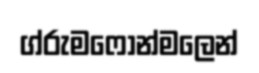
ග්රුමෆෝන්මලෙන්